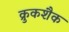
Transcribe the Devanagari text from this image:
क्रुकशैक